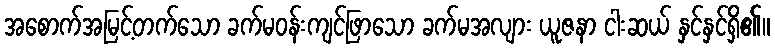
အစောက်အမြင့်တက်သော ခက်မဝန်းကျင်ဖြာသော ခက်မအလျား ယူဇနာ ငါးဆယ် နှင်နှင်ရှိ၏။